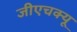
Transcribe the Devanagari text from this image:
जीएचक्यू